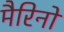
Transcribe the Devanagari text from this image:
मैरिनों